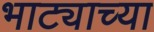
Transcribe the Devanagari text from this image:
भाट्याच्या